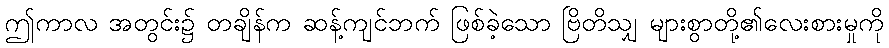
ဤကာလ အတွင်း၌ တချိန်က ဆန့်ကျင်ဘက် ဖြစ်ခဲ့သော ဗြိတိသျှ များစွာတို့၏လေးစားမှုကို